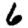
Digit: 6